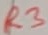
Text: R3